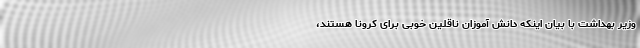
وزیر بهداشت با بیان اینکه دانش آموزان ناقلین خوبی برای کرونا هستند،